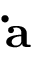
\mathbf { \dot { a } }